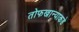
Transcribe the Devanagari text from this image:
तोफखान्याकडे